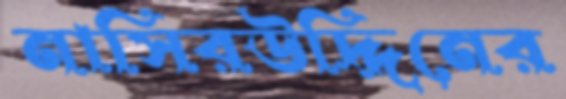
নাসিরউদ্দিনের